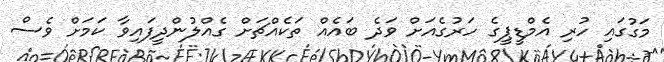
މަގުގައި ހުރި އެމްޑީޕީގެ ހަރުގެއަށް ވަދެ ބައެއް ތަކެއްޗަށް ގެއްލުންދީފައިވާ ކަމަށް ވެސް